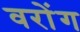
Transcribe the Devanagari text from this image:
वरोंग